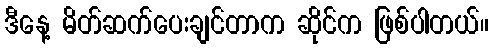
ဒီနေ့ မိတ်ဆက်ပေးချင်တာက ဆိုင်က ဖြစ်ပါတယ်။